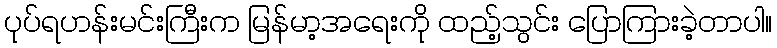
ပုပ်ရဟန်းမင်းကြီးက မြန်မာ့အရေးကို ထည့်သွင်း ပြောကြားခဲ့တာပါ။